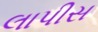
લાપીસ